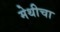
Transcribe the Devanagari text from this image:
मेथीचा